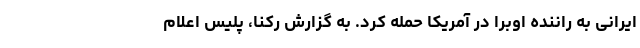
ایرانی به راننده اوبرا در آمریکا حمله کرد. به گزارش رکنا، پلیس اعلام